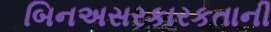
બિનઅસરકારકતાની